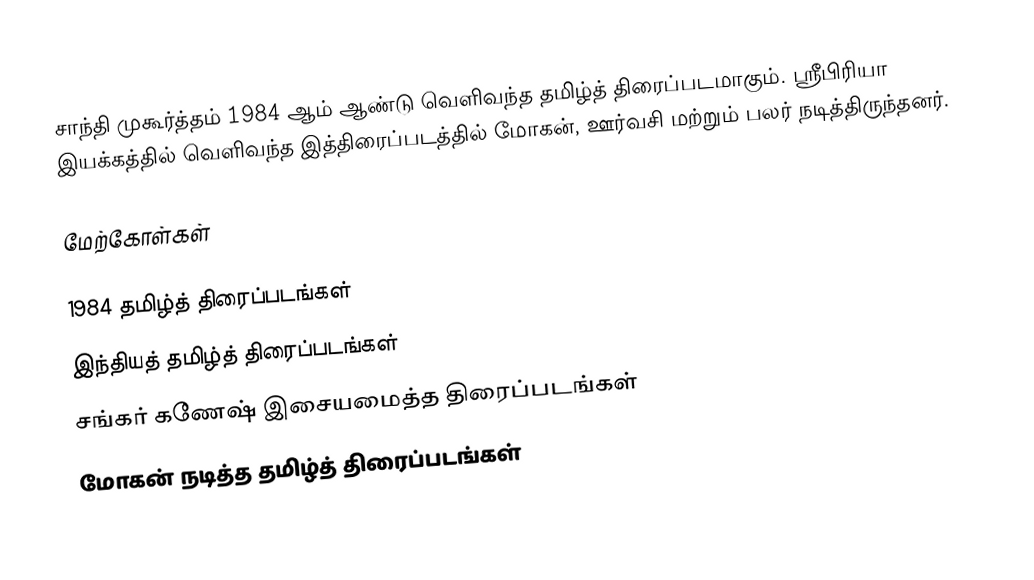
சாந்தி முகூர்த்தம் 1984 ஆம் ஆண்டு வெளிவந்த தமிழ்த் திரைப்படமாகும். ஸ்ரீபிரியா இயக்கத்தில் வெளிவந்த இத்திரைப்படத்தில் மோகன், ஊர்வசி மற்றும் பலர் நடித்திருந்தனர்.

மேற்கோள்கள்

1984 தமிழ்த் திரைப்படங்கள்
இந்தியத் தமிழ்த் திரைப்படங்கள்
சங்கர் கணேஷ் இசையமைத்த திரைப்படங்கள்
மோகன் நடித்த தமிழ்த் திரைப்படங்கள்